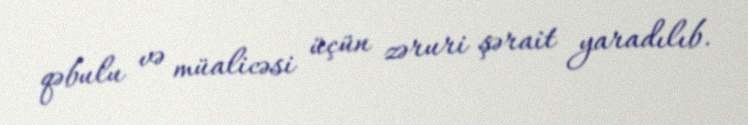
qəbulu və müalicəsi üçün zəruri şərait yaradılıb.